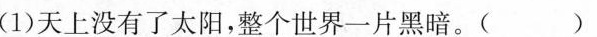
(1)天上没有了太阳，整个世界一片黑暗。( )